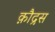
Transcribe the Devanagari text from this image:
क़ौद्रस